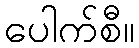
ပေါက်စီ။